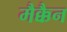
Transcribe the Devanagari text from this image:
मैक्कैन